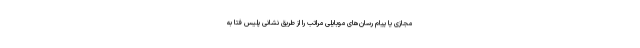
مجازی یا پیام رسان‌های موبایلی مراتب را از طریق نشانی پلیس فتا به